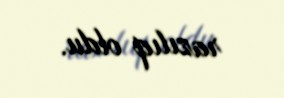
razılıq oldu.